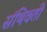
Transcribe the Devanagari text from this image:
संथिवती